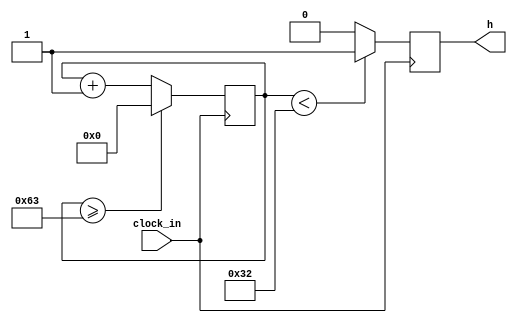
`timescale 1ns / 1ps
//////////////////////////////////////////////////////////////////////////////////
// Company: 
// Engineer: 
// 
// Design Name: 
// Module Name:    clock_500hz 
// Project Name: 
// Target Devices: 
// Tool versions: 
// Description: 
//
// Dependencies: 
//
// Revision: 
// Revision 0.01 - File Created
// Additional Comments: 
//
//////////////////////////////////////////////////////////////////////////////////
module clock_500hz(input clock_in, output reg h);

reg [17:0]z=18'd0;
parameter w=18'd100;

always@(posedge clock_in)
begin
z<=z+18'd1;
if(z>=(w-1))
z<=18'd0;
h<=(z<w/2)?1'b1:1'b0;
end
endmodule